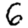
Digit: 6